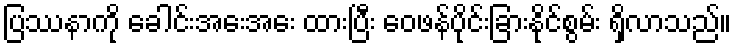
ပြဿနာကို ခေါင်းအေးအေး ထားပြီး ဝေဖန်ပိုင်းခြားနိုင်စွမ်း ရှိလာသည်။